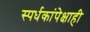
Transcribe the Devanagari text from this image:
स्पर्धकांपेक्षाही